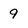
Character: 9